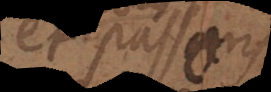
en passant